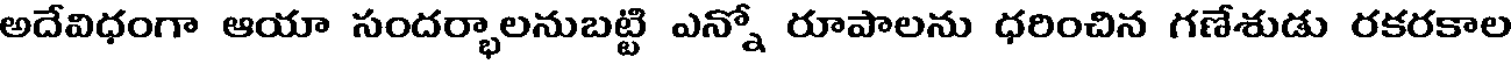
అదేవిధంగా ఆయా సందర్భాలనుబట్టి ఎన్నో రూపాలను ధరించిన గణేశుడు రకరకాల